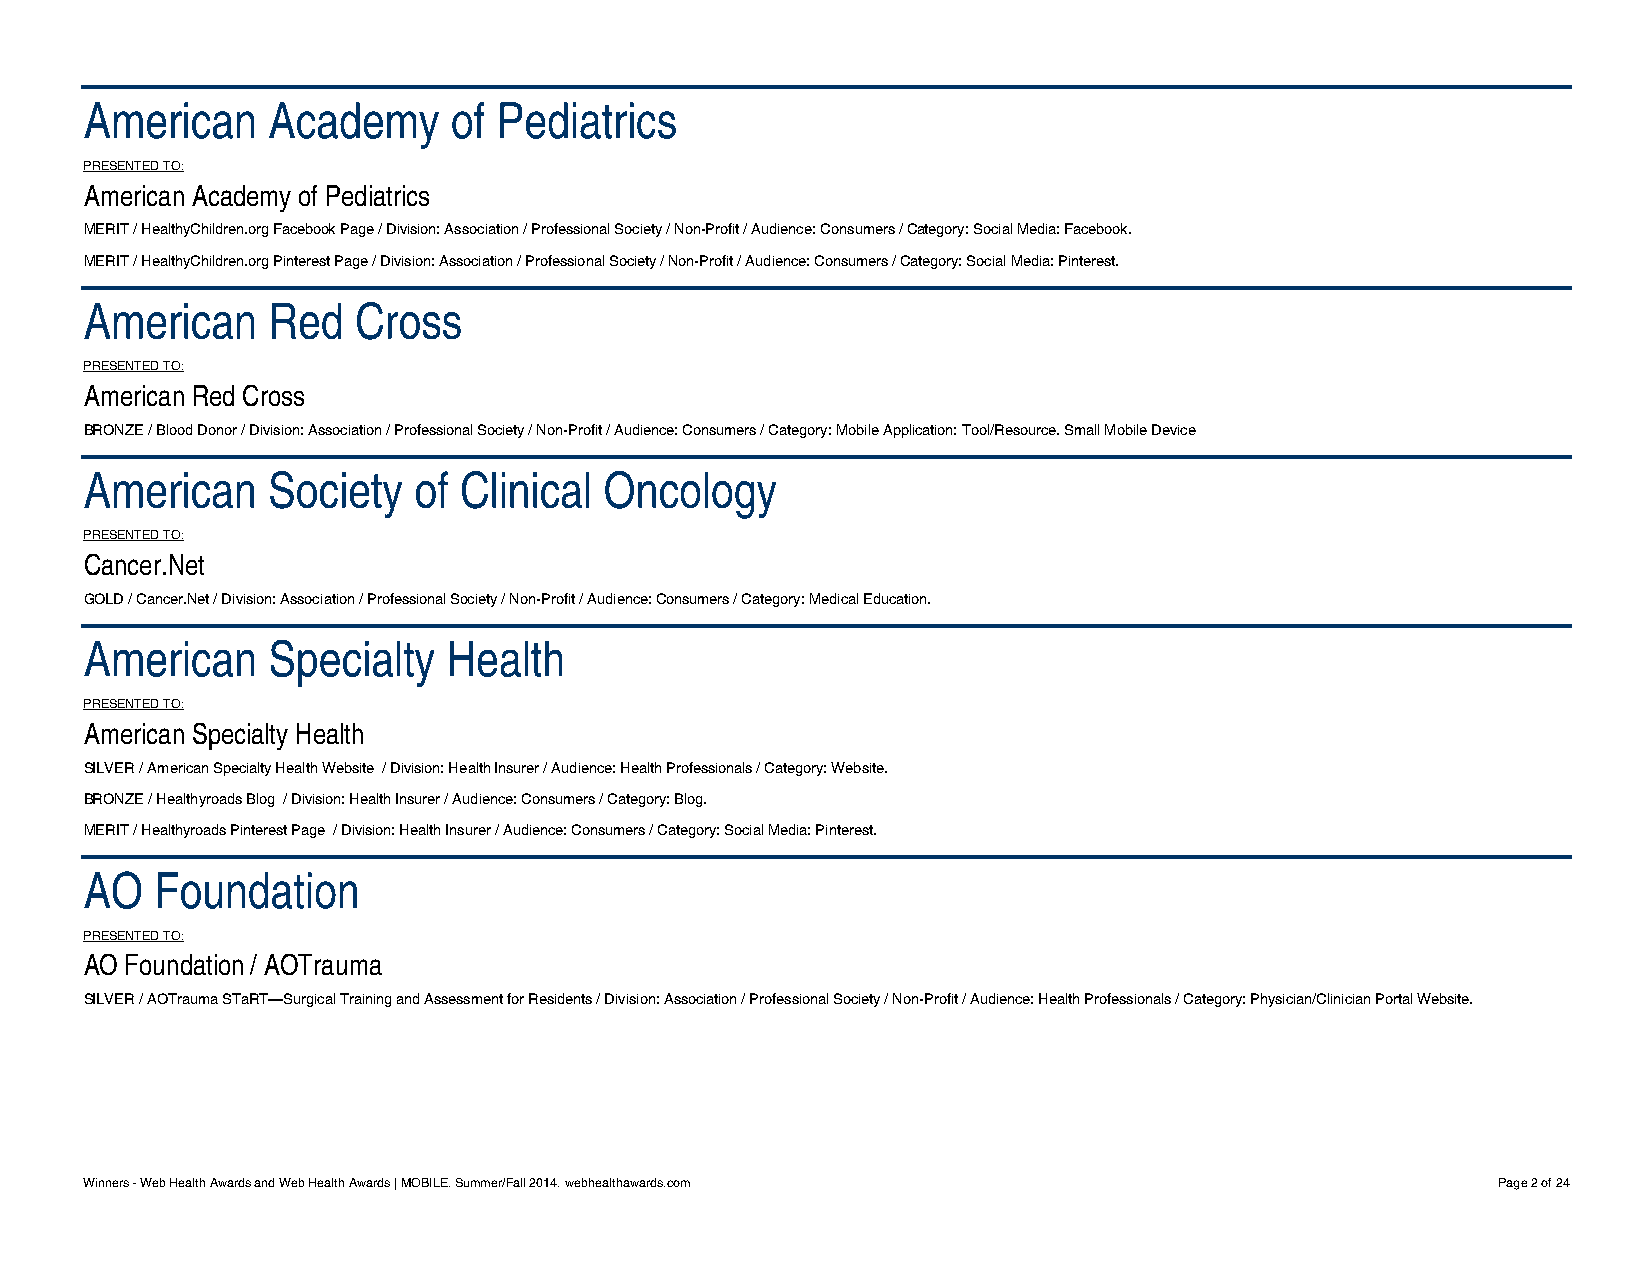
American    Academy     of Pediatrics
 PRESENTED TO:
 American Academy of Pediatrics
 MERIT / HealthyChildren.org Facebook Page / Division: Association / Professional Society / Non-Profit / Audience: Consumers / Category: Social Media: Facebook.
 MERIT / HealthyChildren.org Pinterest Page / Division: Association / Professional Society / Non-Profit / Audience: Consumers / Category: Social Media: Pinterest.
 American    Red  Cross
 PRESENTED TO:
 American Red Cross
 BRONZE / Blood Donor / Division: Association / Professional Society / Non-Profit / Audience: Consumers / Category: Mobile Application: Tool/Resource. Small Mobile Device
 American    Society  of Clinical  Oncology
 PRESENTED TO:
 Cancer.Net
 GOLD / Cancer.Net / Division: Association / Professional Society / Non-Profit / Audience: Consumers / Category: Medical Education.
 American    Specialty   Health
 PRESENTED TO:
 American Specialty Health
 SILVER / American Specialty Health Website / Division: Health Insurer / Audience: Health Professionals / Category: Website.
 BRONZE / Healthyroads Blog / Division: Health Insurer / Audience: Consumers / Category: Blog.
 MERIT / Healthyroads Pinterest Page / Division: Health Insurer / Audience: Consumers / Category: Social Media: Pinterest.
 AO  Foundation
 PRESENTED TO:
 AO Foundation / AOTrauma
 SILVER / AOTrauma STaRT—Surgical Training and Assessment for Residents / Division: Association / Professional Society / Non-Profit / Audience: Health Professionals / Category: Physician/Clinician Portal Website.
 Winners - Web Health Awards and Web Health Awards | MOBILE. Summer/Fall 2014. webhealthawards.com Page 2 of 24